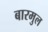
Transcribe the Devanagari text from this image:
बारमुल